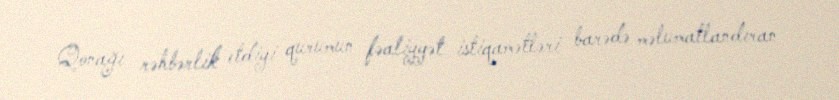
Qonağı rəhbərlik etdiyi qurumun fəaliyyət istiqamətləri barədə məlumatlandıran